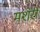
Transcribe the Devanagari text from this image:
मशेरी